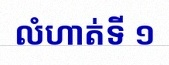
លំហាត់ទី ១